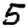
Digit: 5